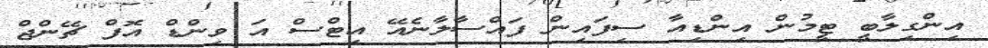
އިންގިލާބީ ޓީމުން އިންޑިއާ ސިފައިން ފައްސާލާނެއޭ އިޓްސް އަ ވިންޑް އޮފް ޗޭންޖް